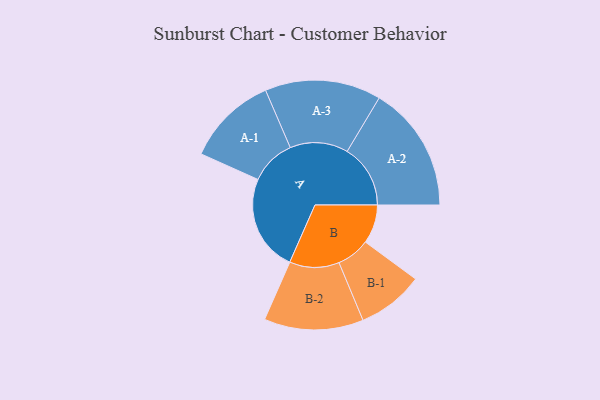
{"axis": {"x": "Segment", "y": "Value"}, "legend": ["", "A", "B"], "data": [{"x": "A", "y": 393, "type": ""}, {"x": "B", "y": 158, "type": ""}, {"x": "A-1", "y": 185, "type": "A"}, {"x": "A-2", "y": 257, "type": "A"}, {"x": "A-3", "y": 236, "type": "A"}, {"x": "B-1", "y": 135, "type": "B"}, {"x": "B-2", "y": 202, "type": "B"}]}